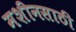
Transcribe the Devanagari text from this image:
मशीनसाठी